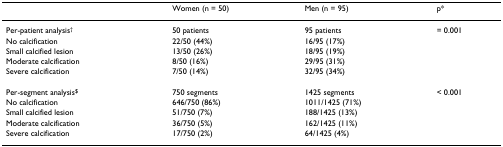
<table><thead><tr><td></td><td><b>Women (n = 50)</b></td><td><b>Men (n = 95)</b></td><td><b>p*</b></td></tr></thead><tbody><tr><td>Per-patient analysis<sup>†</sup></td><td>50 patients</td><td>95 patients</td><td>= 0.001</td></tr><tr><td>No calcification</td><td>22/50 (44%)</td><td>16/95 (17%)</td><td></td></tr><tr><td>Small calcified lesion</td><td>13/50 (26%)</td><td>18/95 (19%)</td><td></td></tr><tr><td>Moderate calcification</td><td>8/50 (16%)</td><td>29/95 (31%)</td><td></td></tr><tr><td>Severe calcification</td><td>7/50 (14%)</td><td>32/95 (34%)</td><td></td></tr><tr><td>Per-segment analysis<sup>$</sup></td><td>750 segments</td><td>1425 segments</td><td>&lt; 0.001</td></tr><tr><td>No calcification</td><td>646/750 (86%)</td><td>1011/1425 (71%)</td><td></td></tr><tr><td>Small calcified lesion</td><td>51/750 (7%)</td><td>188/1425 (13%)</td><td></td></tr><tr><td>Moderate calcification</td><td>36/750 (5%)</td><td>162/1425 (11%)</td><td></td></tr><tr><td>Severe calcification</td><td>17/750 (2%)</td><td>64/1425 (4%)</td><td></td></tr></tbody></table>